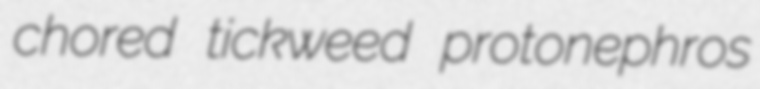
chored tickweed protonephros